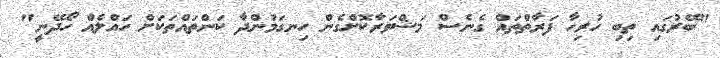
"ބޭރުގައި ތިބި ހުރިހާ ފަރާތްތައް ގެނެސް މަޝްވަރާކޮށްގެން ހިނގަމުންދާ ކަންތައްތަކަށް ހައްލެއް ހޯދޭނީ"